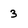
Character: 3